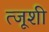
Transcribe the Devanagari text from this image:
त्जूशी